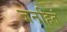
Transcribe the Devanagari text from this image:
जनहितं